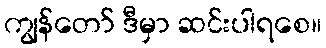
ကျွန်တော် ဒီမှာ ဆင်းပါရစေ။